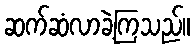
ဆက်ဆံလာခဲ့ကြသည်။